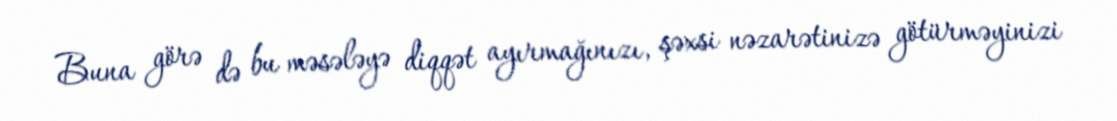
Buna görə də bu məsələyə diqqət ayırmağınızı, şəxsi nəzarətinizə götürməyinizi